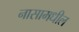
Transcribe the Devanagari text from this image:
नासामधील